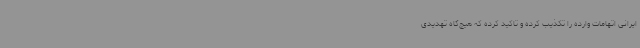
ایرانی اتهامات وارده را تکذیب کرده و تاکید کرده که هیچ‌گاه تهدیدی